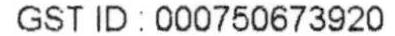
GST ID : 000750673920